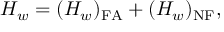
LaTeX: H _ { w } = ( H _ { w } ) _ { \mathrm { F A } } + ( H _ { w } ) _ { \mathrm { N F } } ,